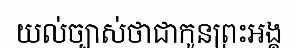
យល់ច្បាស់ថាជាកូនព្រះអង្គ